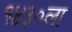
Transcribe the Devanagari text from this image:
१४३०ला